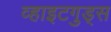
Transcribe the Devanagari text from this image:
व्हाइटगुड्स